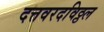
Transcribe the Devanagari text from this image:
दत्तवरदविठ्ठल